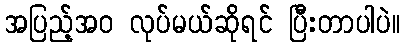
အပြည့်အဝ လုပ်မယ်ဆိုရင် ပြီးတာပါပဲ။